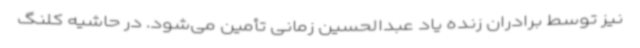
نیز توسط برادران زنده یاد عبدالحسین زمانی تأمین می‌شود. در حاشیه کلنگ